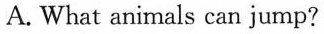
A. What animals can jump?